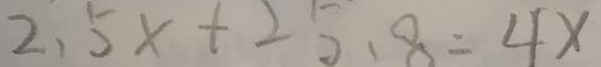
2 . 5 \times + 2 5 . 8 = 4 x